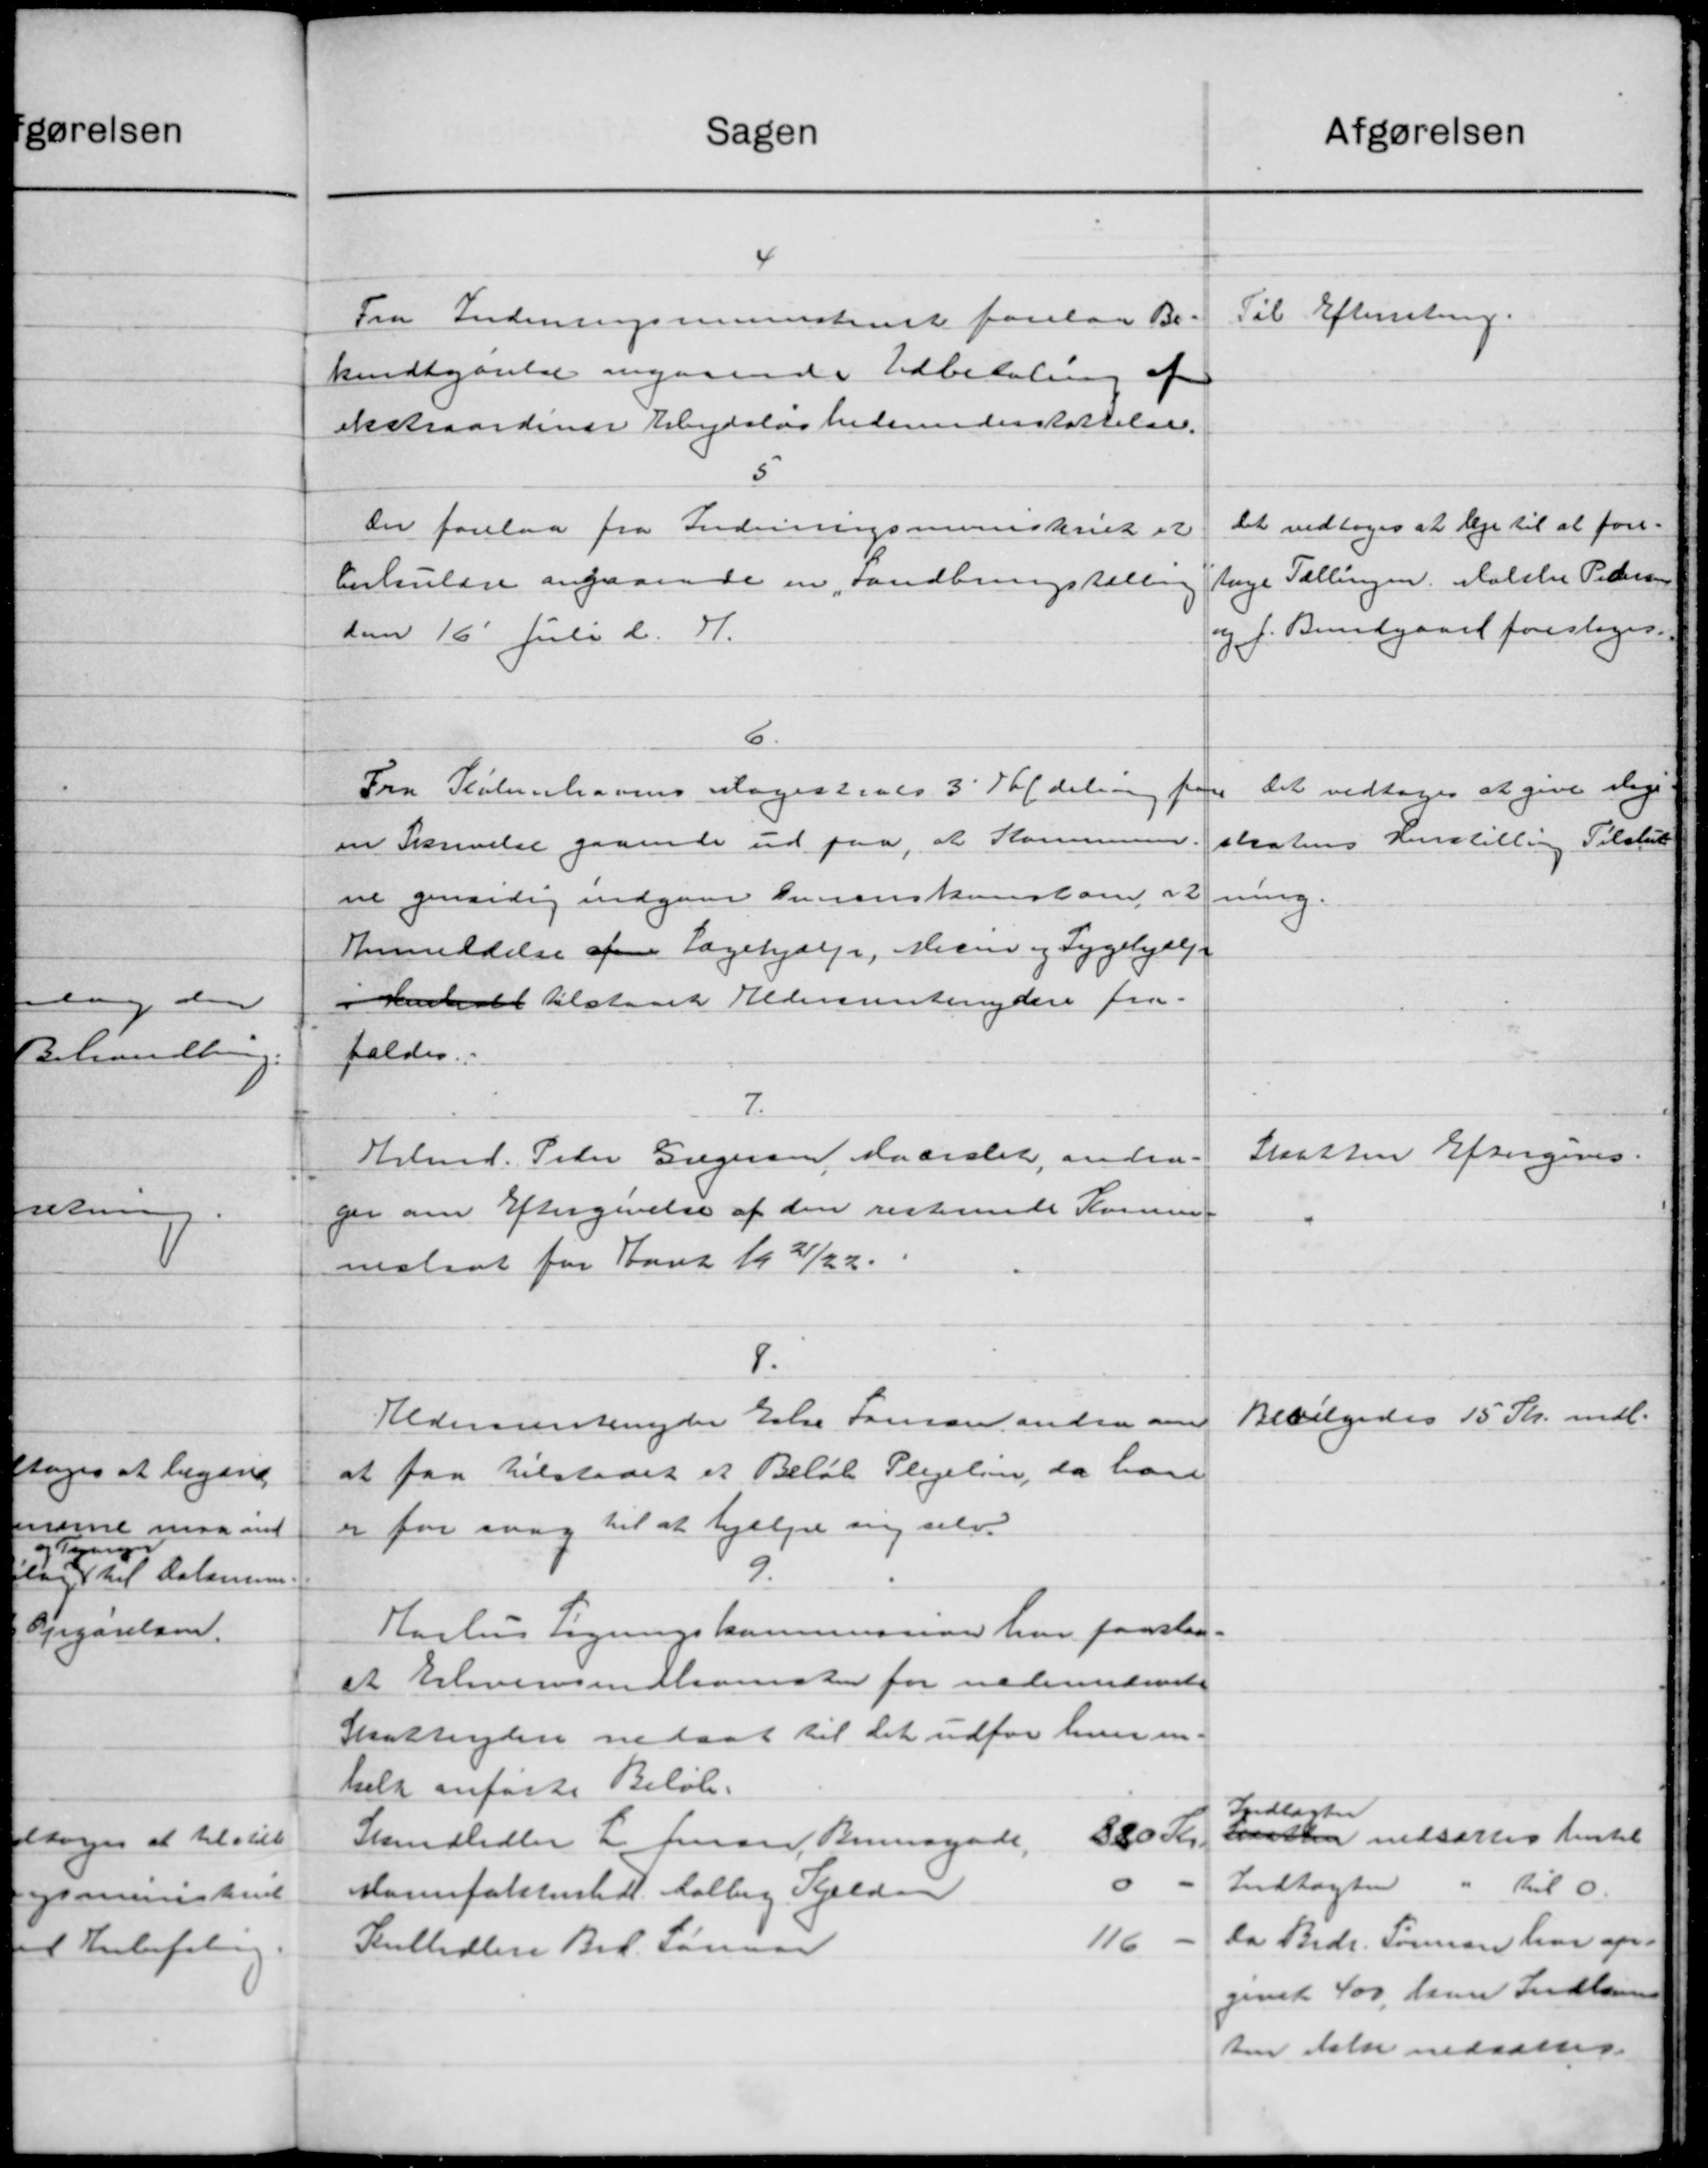
Transskription:
4
Fra Indenrigsministeriet forelaa Be-
kendtgørelse angaaende Udbetaling af
ekstraordinær Arbejdsløshedsunderstøttelse,
Til Efterretning
5.
Der forelaa fra indenrigsministeriet et
Cirkulære angaaende en Landbrugstælling
den 16´juli d.A.
Det vedtages at leje til at fore-
tage Tællingen, Malthe Pedersen
og J. Bundgaard foresloges
6
Fra Københavns Magistrats 3´Afdeling fore-
en Skrivelse, gaaende ud paa, at Kommuner-
ne gensidig indgaar Overenskomst om, at
Anmeddelse af Lægehjælp, Mecin og Sygehjælp
i Henhold tilstaaet Aldersrentenydere fra-
faldes
Det vedtages at give Magi-
stratens Henstilling Tilslut-
ning
7.
Arbmd. Peder Gregersen Maarslet, andra-
ger om Eftergivelse af den resterende Kommu-
neskat for Aaret 1921/22
Skatten Eftergives
8.
Aldersrentenyder Eske Laursen andra om
at faa tilstaaet et Beløb. Plejeløn, da han
er for svag til at hjælpe sig selv.
Bevilgedes 15 kr. mdl.
9.
Aarhus Lignings kommision har fastslaa-
et Erhvervsindkomsten for nedennævnte
Skatteydere nedsat til det udfor hver en-
kelt anførte Beløb.
Skindhdler L Jensen, Brunsgade, 320 Kr.
Indtægten
Skatten nedtættes hertil
Manufakturhdl. Halling Kjeldsen 0 -
Indtægten " til 0
Kulhdler Brd. Sørensen 116 -
Da Brdr. Sørensen har op-
givet 400, kan Indkoms-
ten ikke nedsættes